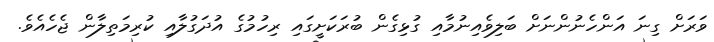
ވަރަށް ގިނަ އަންހެނުންނަށް ބަލިވެއިނުމާއި ގުޅިގެން ބުރަކަށީގައި ރިހުމުގެ އުދަގުލާއި ކުރިމަތިލާން ޖެހެއެވެ.